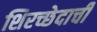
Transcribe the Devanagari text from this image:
शिरच्छेदाची